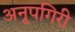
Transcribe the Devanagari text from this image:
अनूपगिरी